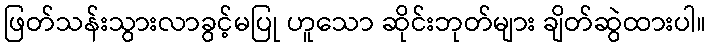
ဖြတ်သန်းသွားလာခွင့်မပြု ဟူသော ဆိုင်းဘုတ်များ ချိတ်ဆွဲထားပါ။